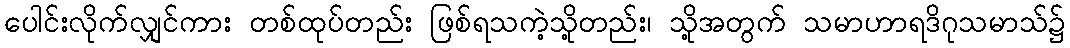
ပေါင်းလိုက်လျှင်ကား တစ်ထုပ်တည်း ဖြစ်ရသကဲ့သို့တည်း၊ သို့အတွက် သမာဟာရဒိဂုသမာသ်၌